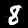
Digit: 8